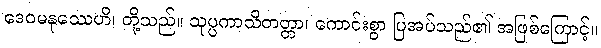
ဒေဝမနုဿေဟိ၊ တို့သည်။ သုပ္ပကာသိတတ္တာ၊ ကောင်းစွာ ပြအပ်သည်၏ အဖြစ်ကြောင့်။